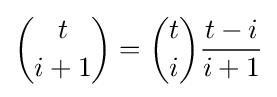
{\binom {t}{i+1}}={\binom {t}{i}}{\frac {t-i}{i+1}}